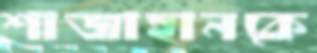
শাজাহানকে